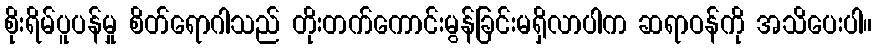
စိုးရိမ်ပူပန်မှု စိတ်ရောဂါသည် တိုးတက်ကောင်းမွန်ခြင်းမရှိလာပါက ဆရာဝန်ကို အသိပေးပါ။